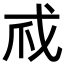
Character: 𢦞